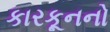
કારકૂનનો